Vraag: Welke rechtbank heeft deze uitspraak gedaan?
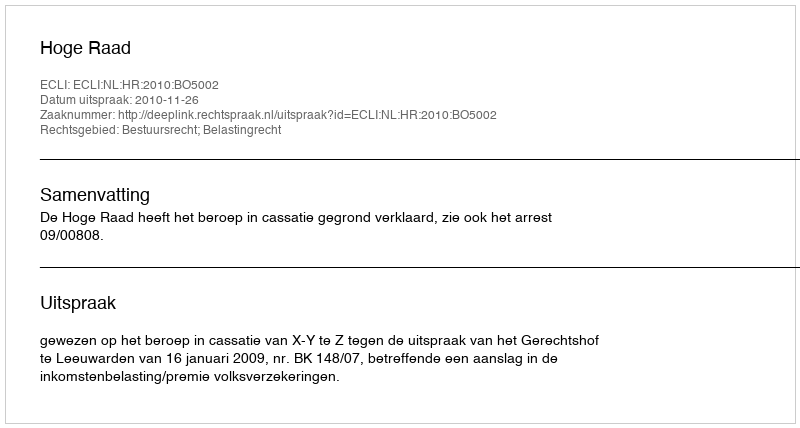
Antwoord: Hoge Raad